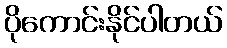
ပိုကောင်းနိုင်ပါတယ်